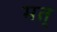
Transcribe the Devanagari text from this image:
मत्